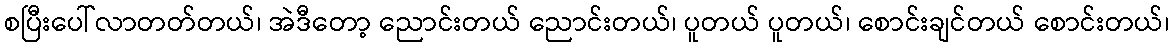
စပြီးပေါ်လာတတ်တယ်၊ အဲဒီတော့ ညောင်းတယ် ညောင်းတယ်၊ ပူတယ် ပူတယ်၊ စောင်းချင်တယ် စောင်းတယ်၊